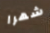
شهرا